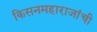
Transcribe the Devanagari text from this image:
किसनमहाराजांची